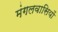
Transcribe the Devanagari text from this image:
मंगलवासियों